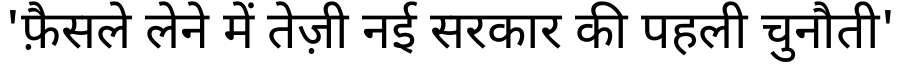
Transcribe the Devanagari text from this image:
'फ़ैसले लेने में तेज़ी नई सरकार की पहली चुनौती'